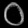
Digit: ၀